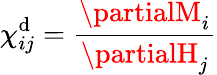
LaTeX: \chi_{ij}^{\mathrm{d}}={\frac{{\partialM_{i}}}{{\partialH_{j}}}}